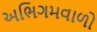
અભિગમવાળો